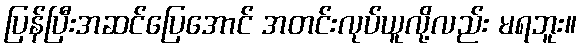
ပြန်ပြီးအဆင်ပြေအောင် အတင်းလုပ်ယူလို့လည်း မရဘူး။